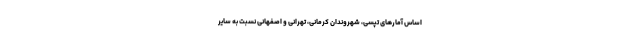
اساس آمارهای تپسی، شهروندان کرمانی، تهرانی و اصفهانی نسبت به سایر